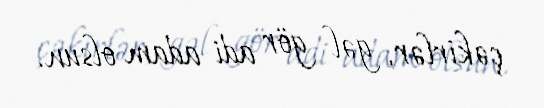
çəkirlər, gəl gör adi adam olsun.